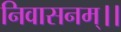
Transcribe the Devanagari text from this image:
निवासनम्।।